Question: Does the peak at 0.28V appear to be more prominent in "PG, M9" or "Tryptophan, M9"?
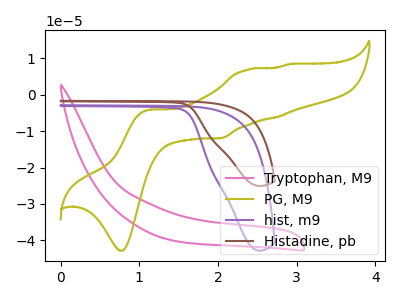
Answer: <think>The pink curve "Tryptophan, M9" has no peaks. The olive curve "PG, M9" has anodic peaks at (1.15V, -4.15uA) (2.35V, 6.85uA) (2.75V, -6.15uA) (2.90V, 8.35uA) and cathodic peaks at (0.80V, -42.85uA) (2.05V, -11.90uA). The purple curve "hist, m9" has no peaks. The brown curve "Histadine, pb" has no peaks.</think>
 <answer>"PG, M9" and "Tryptophan, M9" dont share a peak at 0.28V.</answer>
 <eval>mismatch</eval>